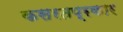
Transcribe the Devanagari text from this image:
कसरतप्रकार